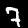
Digit: 7